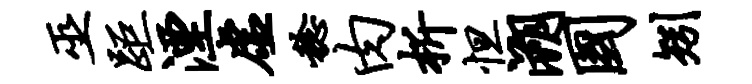
巫距湮虚稔肉析怛溯国矧